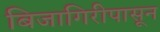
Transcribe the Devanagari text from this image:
बिजागिरीपासून